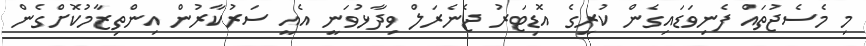
މި މެސެޖުތައް ފެނިވަޑައިގެން ކުރީގެ އޮޑިޓަރު ޖެނެރަލް ވިދާޅުވަނީ އެއީ ސަރުކާރުން އިންތިޒާމުކޮށްގެން